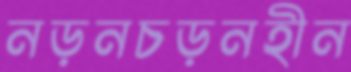
নড়নচড়নহীন